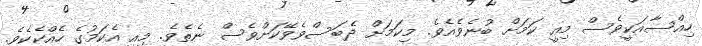
ހިއްސާއަކީވެސް މިއީ ކަމަށް ބުނެވެއެވެ. މިކަމަށް ދެބަސްވެވޭކަށްވެސް ނެތެވެ. މިއީ އެކަމުގެ ހެއްކެކެވެ.